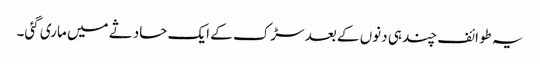
یہ طوائف چند ہی دنوں کے بعد سڑک کے ایک حادثے میں ماری گئی۔